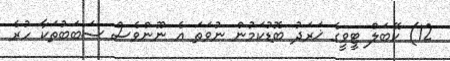
12) ކޭބަލް ޓީވީގެ ޚަރަދު ބޮޑުކަމުން ނުވަތަ އެ ނޫންވެސް ސަބަބުތަކާ ހުރެ